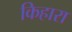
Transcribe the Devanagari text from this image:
किहारा